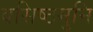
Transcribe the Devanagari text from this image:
वसिष्ठमुनि